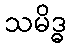
သမိဒ္ဓ